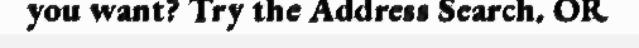
you want? Try the Address Search. OR